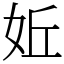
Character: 㚱